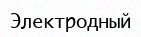
Электродный